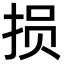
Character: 损